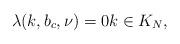
LaTeX: \begin{align*}\lambda(k, b_c, \nu)=0 k \in K_N,\end{align*}